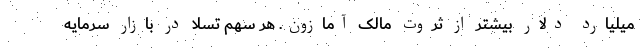
میلیارد دلار بیشتر از ثروت مالک آمازون. هر سهم تسلا در بازار سرمایه